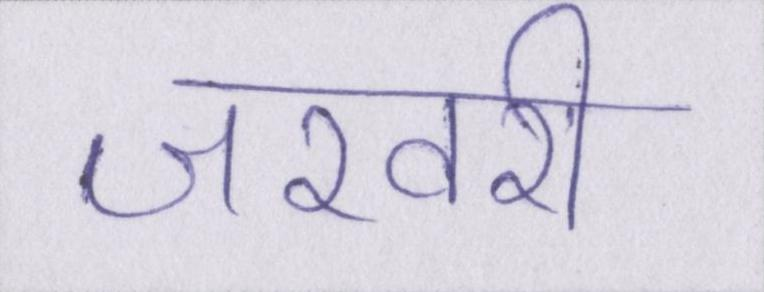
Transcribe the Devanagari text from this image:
जरवरी